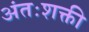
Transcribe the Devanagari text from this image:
अंतःशक्ती